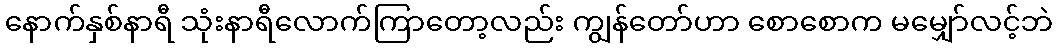
နောက်နှစ်နာရီ သုံးနာရီလောက်ကြာတော့လည်း ကျွန်တော်ဟာ စောစောက မမျှော်လင့်ဘဲ